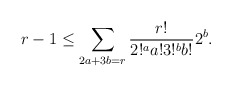
\begin{align*} r-1 \leq \sum_{\substack{2a + 3b = r}} \frac{r!}{2!^a a! 3!^b b!} 2^b. \end{align*}